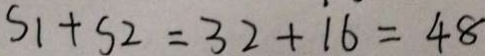
S _ { 1 } + s 2 = 3 2 + 1 6 = 4 8